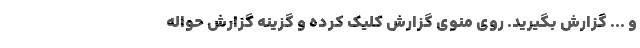
و ... گزارش بگیرید. روی منوی گزارش‌ کلیک کرده و گزینه گزارش حواله